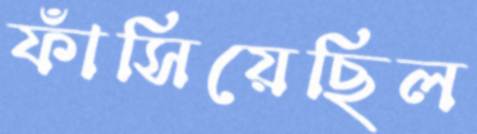
ফাঁসিয়েছিল